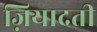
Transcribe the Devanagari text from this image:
ज़ियादती